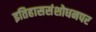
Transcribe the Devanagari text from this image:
इतिहाससंशोधनपर